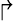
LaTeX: \Rsh